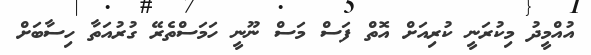
އުއްމީދު މިކުރަނީ ކުރިއަށް އޮތް ފަސް މަސް ނޫނީ ހަމަސްތެރޭ ގުރުއަތާ ހިސާބަށް